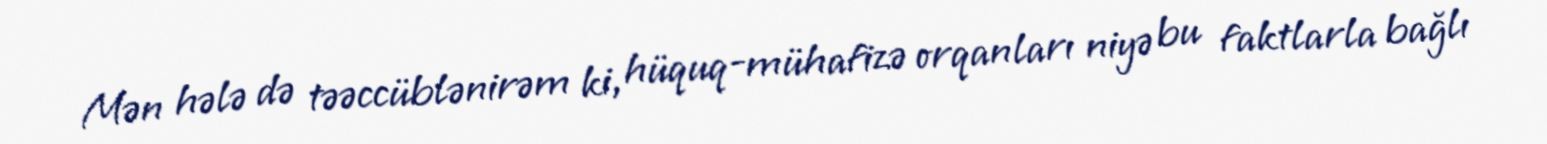
Mən hələ də təəccüblənirəm ki, hüquq-mühafizə orqanları niyə bu faktlarla bağlı